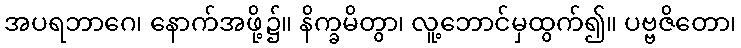
အပရဘာဂေ၊ နောက်အဖို့၌။ နိက္ခမိတွာ၊ လူ့ဘောင်မှထွက်၍။ ပဗ္ဗဇိတော၊